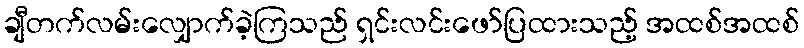
ချီတက်လမ်းလျှောက်ခဲ့ကြသည် ရှင်းလင်းဖော်ပြထားသည့် အထစ်အထစ်